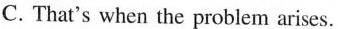
C. That's when the problem arises.